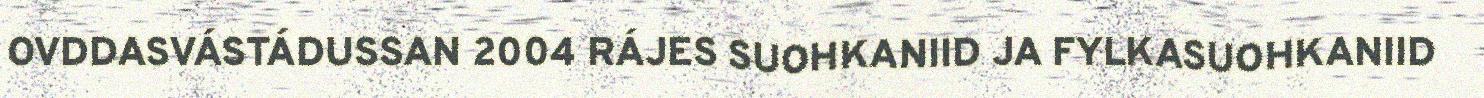
OVDDASVÁSTÁDUSSAN 2004 RÁJES SUOHKANIID JA FYLKASUOHKANIID